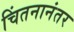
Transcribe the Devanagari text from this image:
चिंतनानंतर